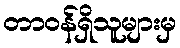
တာဝန်ရှိသူများမှ